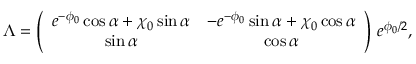
\Lambda = \left( \begin{array} { c c } { { e ^ { - \phi _ { 0 } } \cos \alpha + \chi _ { 0 } \sin \alpha } } & { { - e ^ { - \phi _ { 0 } } \sin \alpha + \chi _ { 0 } \cos \alpha } } \\ { { \sin \alpha } } & { { \cos \alpha } } \end{array} \right) \, e ^ { \phi _ { 0 } / 2 } ,